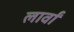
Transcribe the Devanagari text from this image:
लार्वां